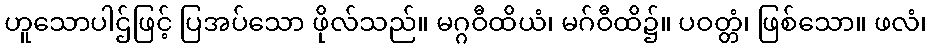
ဟူသောပါဌ်ဖြင့် ပြအပ်သော ဖိုလ်သည်။ မဂ္ဂဝီထိယံ၊ မဂ်ဝီထိ၌။ ပဝတ္တံ၊ ဖြစ်သော။ ဖလံ၊